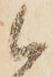
候